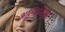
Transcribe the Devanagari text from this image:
अल्बिनियुस